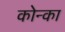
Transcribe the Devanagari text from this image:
कोन्का